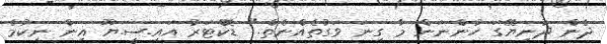
ދެން ދުނިޔޭގަ ހުންނަން މާ ގިނަ ވަގުތެއްނެތް." ޑޮކްޓަރު އައި.ސީ.ޔޫ އިން ނިކުމެ